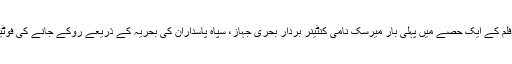
مذکورہ دستاویزی فلم کے ایک حصے میں پہلی بار میرسک نامی کنٹینر بردار بحری جہاز، سپاہ پاسداران کی بحریہ کے ذریعے روکے جانے کی فوٹیج دکھائی گئی ہیں۔